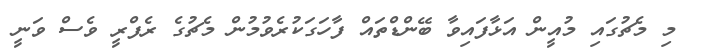
މި މެޗުގައި މުއީން އަޅާފައިވާ ބޭންޑްތައް ފާހަގަކުރެވުމުން މެޗުގެ ރެފްރީ ވެސް ވަނީ